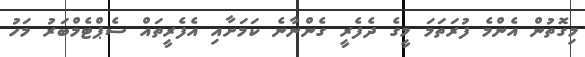
މިގޮތުން އެންމެ ފުރަތަމަ މީގެ ދެފެރީ ގެންނާނެ ކަމަށާއި އެފެރީތައް ސެޕްޓެމްބަރު މަހު